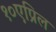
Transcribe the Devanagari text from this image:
१०एप्रिल